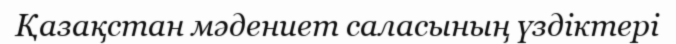
Қазақстан мәдениет саласының үздіктері